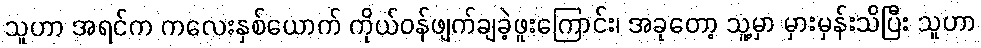
သူဟာ အရင်က ကလေးနှစ်ယောက် ကိုယ်ဝန်ဖျက်ချခဲ့ဖူးကြောင်း၊ အခုတော့ သူ့မှာ မှားမှန်းသိပြီး သူဟာ